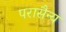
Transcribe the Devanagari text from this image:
परासैन्य